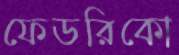
ফেডরিকো